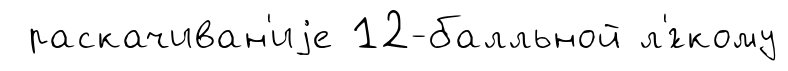
раскачиван'иjе 12-балльной л'́гкому